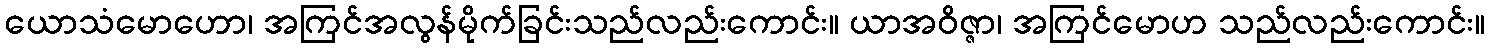
ယောသံမောဟော၊ အကြင်အလွန်မိုက်ခြင်းသည်လည်းကောင်း။ ယာအဝိဇ္ဇာ၊ အကြင်မောဟ သည်လည်းကောင်း။